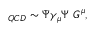
\L _ { Q C D } \sim \bar { \Psi } \gamma _ { \mu } \Psi \ G ^ { \mu } ,